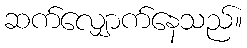
ဆက်လျှောက်နေသည်။